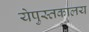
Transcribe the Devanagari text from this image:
येपुस्तकालय